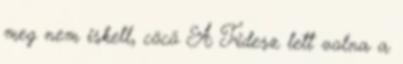
meg nem iskell, cöcö A Fidesz lett volna a